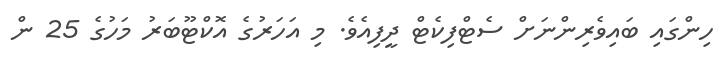
ހިންގައި ބައިވެރިންނަށް ސެޓްފިކެޓް ދީފިއެވެ. މި އަހަރުގެ އޮކްޓޫބަރު މަހުގެ 25 ން